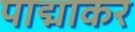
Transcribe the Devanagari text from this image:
पाद्माकर